Lunatic asylums Bombay report 1891-1903 - 1891-1903
Year: 1891
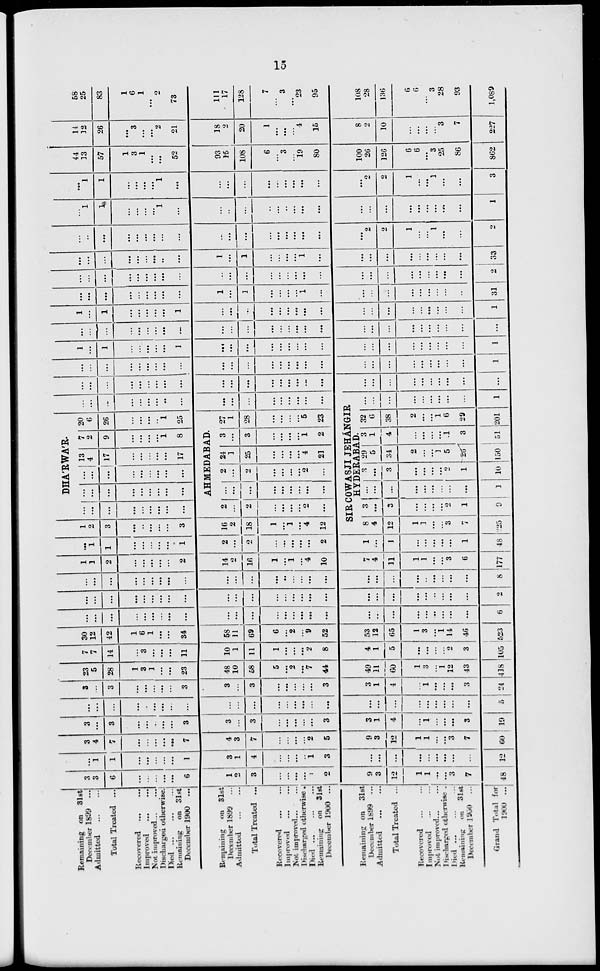
15
Remaining on 31st
December 1899
...
Admitted
...
...
Total Treated ...
Recovered ...
...
Improved
...
...
Not improved ... ...
Discharged otherwise.
Died ... ... ...
Remaining
on 31st
December 1900 ...
Remaining on 31st
December 1899 ...
Admitted
...
...
Total Treated ...
Recovered
...
...
Improved ... ...
Not improved ... ...
Discharged otherwise.
Died ... ... ...
Remaining on 31st
December 1900 ...
Remaining on
31st
December 1899 ...
Admitted ... ...
Total Treated ...
Recovered ... ...
Improved ... ...
Not improved ... ...
Discharged otherwise .
Died ... ... ...
Remaining on 31st
December 1900
...
Grand Total for
1900 ...
3
3
6
...
...
...
. ..
. ..
6
1
2
2
3
...
...
...
1
2
9
3
12
1
1
...
...
3
7
48
...
1
1
...
. ..
...
...
. . .
1
3
1
4
...
...
...
1
3
...
...
...
...
...
. ..
...
...
...
12
3
4
7
...
...
...
...
. ..
7
4
3
7
...
...
...
2
5
9
3
12
1
1
...
...
3
7
60
3
...
3
...
...
...
...
...
3
3
...
3
...
...
...
...
3
3
1
4
...
1
...
...
...
3
19
...
...
...
...
...
...
...
...
...
...
...
...
...
...
...
...
...
...
...
...
...
...
...
...
...
...
5
3
...
3
...
...
...
...
...
3
3
...
3
...
...
...
...
3
3
1
4
...
1
...
...
...
3
24
23
5
28
1
3
1
...
...
23
48
10
58
5
. ..
2
...
7
44
49
11
60
1
3
...
1
12
43
418
7
7
14
...
3
...
...
...
11
10
1
11
1
...
...
. ..
2
8
4
1
5
...
...
...
...
2
3
105
30
12
42
1
6
1
...
...
34
58
11
69
6
...
2
...
9
52
53
12
65
1
3
...
1
14
46
523
...
...
...
...
...
...
...
...
...
...
...
...
...
...
...
...
...
...
...
...
...
...
...
...
...
...
...
6
...
...
...
...
...
...
...
...
...
...
...
...
...
...
. ..
...
...
...
...
...
...
...
...
...
...
...
...
2
...
...
...
...
...
...
...
...
...
...
...
...
...
...
...
...
...
. ..
...
...
...
...
...
...
...
...
...
8
1
1
2
...
...
...
...
...
2
14
2
16
1
...
1
...
4
10
7
4
11
1
1
. ..
...
3
6
177
...
1
1
...
...
...
...
...
1
2
...
2
...
...
...
...
...
2
1
...
1
...
...
. ..
. ..
. ..
1
48
1
2
3
...
..
...
...
...
3
16
2
18
1
...
1
...
4
12
DHA'RWA'R.
...
. ..
...
...
...
. ..
...
. ..
....
...
...
...
...
...
...
...
...
...
...
...
...
...
. ..
. . .
. ..
. ..
. . .
13
4
17
...
...
...
...
...
17
7
2
9
...
...
...
...
1
8
20
6
26
...
...
...
..
1
25
AHMEDABAD.
2
...
2
....
. ..
...
2
. ..
... . ..
. ..
. ..
. ..
. ..
...
. ..
...
2
...
2
. ..
...
...
. ..
2
...
24
1
25
...
...
...
...
4
21
3
. ..
3
...
...
...
...
1
2
27
1
28
...
...
...
...
5
23
...
...
...
...
...
...
...
..
...
...
...
...
...
...
...
...
...
...
SIR COWASJI JEHA'NGIR
HYDERABAD.
8
4
12
1
1
. ..
...
3
7
225
3
...
3
...
...
...
...
2
1
9
...
...
...
. ..
...
...
...
...
. ..
1
3
...
3
. ..
...
...
...
2
1
10
29
5
34
2
...
...
1
5
20
150
3
1
4
...
...
...
...
1
3
51
32
6
38
2
...
...
1
6
29
201
...
...
...
...
...
...
...
...
...
1
...
. ..
...
...
...
...
...
...
...
...
...
...
...
...
...
...
...
...
...
...
...
...
...
...
...
...
...
...
. . .
...
...
...
...
...
...
...
...
...
...
...
...
...
...
. ..
. ..
. ..
...
...
...
...
...
...
...
...
...
1
1
. ..
1
...
...
...
...
...
1
...
...
...
...
...
...
...
...
...
...
...
...
...
...
...
...
...
...
1
. . .
...
...
...
...
...
...
...
...
...
...
...
...
...
...
...
...
...
...
...
...
...
...
...
...
...
...
...
1
...
1
...
...
...
...
...
1
...
. ..
...
...
...
...
...
. ..
...
...
...
...
...
...
. ..
...
...
...
1
...
. ..
. ..
...
...
...
...
...
...
1
...
1
. ..
...
...
...
1
...
...
...
...
...
...
...
...
...
...
31
...
...
...
...
...
...
...
...
...
...
...
...
...
...
...
...
...
...
...
. ..
...
...
...
...
...
...
2
...
...
...
...
...
...
...
..
...
1
...
1
...
...
...
...
1
...
...
...
...
...
...
...
...
...
...
33
...
...
...
...
...
...
...
...
...
...
...
...
...
...
...
...
...
...
...
2
2
1
...
...
1
...
...
2
...
1
1
...
...
...
...
1
...
...
...
...
...
...
..
...
...
...
...
...
...
...
...
...
...
...
...
1
...
1
1
...
...
...
...
1
...
...
...
...
...
...
...
...
...
...
...
2
2
1
...
...
1
...
...
3
44
33
57
1
3
1
...
...
52
93
15
108
6
...
3
...
19
80
100
26
126
6
6
. ..
3
25
86
862
14
32
26
...
3
. ..
...
2
21
18
2
20
1
...
...
...
4
15
8
2
10
...
...
...
...
3
7
227
58
25
83
1
6
1
...
2
73
111
17
128
7
...
3
...
23
95
108
28
136
6
6
...
3
28
93
1,089